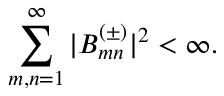
\sum _ { m , n = 1 } ^ { \infty } | B _ { m n } ^ { ( \pm ) } | ^ { 2 } < \infty .